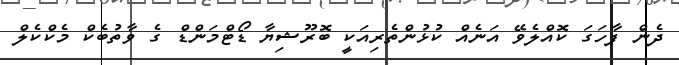
ދެން ފާހަގަ ކޮއްލެވޭ އަނެއް ކުޅުންތެރިއަކީ ބޮރޫޝިޔާ ޑޯޓްމަންޑް ގެ ވާތުބެކް މެކްކެލް